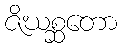
ဇိဃစ္ဆတော